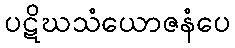
ပဋိဃသံယောဇနံပေ